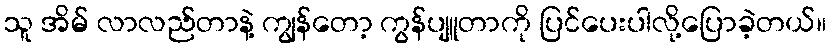
သူ အိမ် လာလည်တာနဲ့ ကျွန်တော့ ကွန်ပျူတာကို ပြင်ပေးပါလို့ပြောခဲ့တယ်။